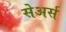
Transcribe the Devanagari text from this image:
सेअर्स